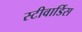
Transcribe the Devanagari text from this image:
स्‍टीवार्डिस